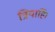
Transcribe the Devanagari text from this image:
त्रियाहि।